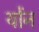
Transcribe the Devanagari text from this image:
योंन